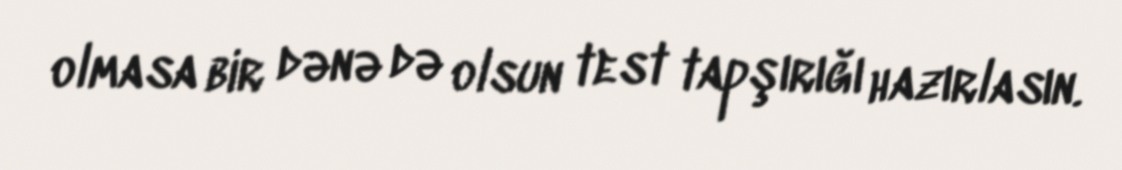
olmasa bir dənə də olsun test tapşırığı hazırlasın.